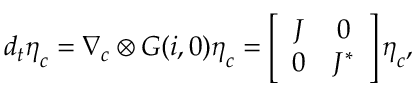
d _ { t } \boldsymbol { \eta } _ { \boldsymbol { c } } = \boldsymbol { \nabla } _ { \boldsymbol { c } } \otimes \boldsymbol { G } ( { \boldsymbol { i } } , \boldsymbol { 0 } ) \boldsymbol { \eta } _ { \boldsymbol { c } } = \left[ \begin{array} { c c } { J } & { 0 } \\ { 0 } & { J ^ { * } } \end{array} \right] \boldsymbol { \eta } _ { \boldsymbol { c } } ,